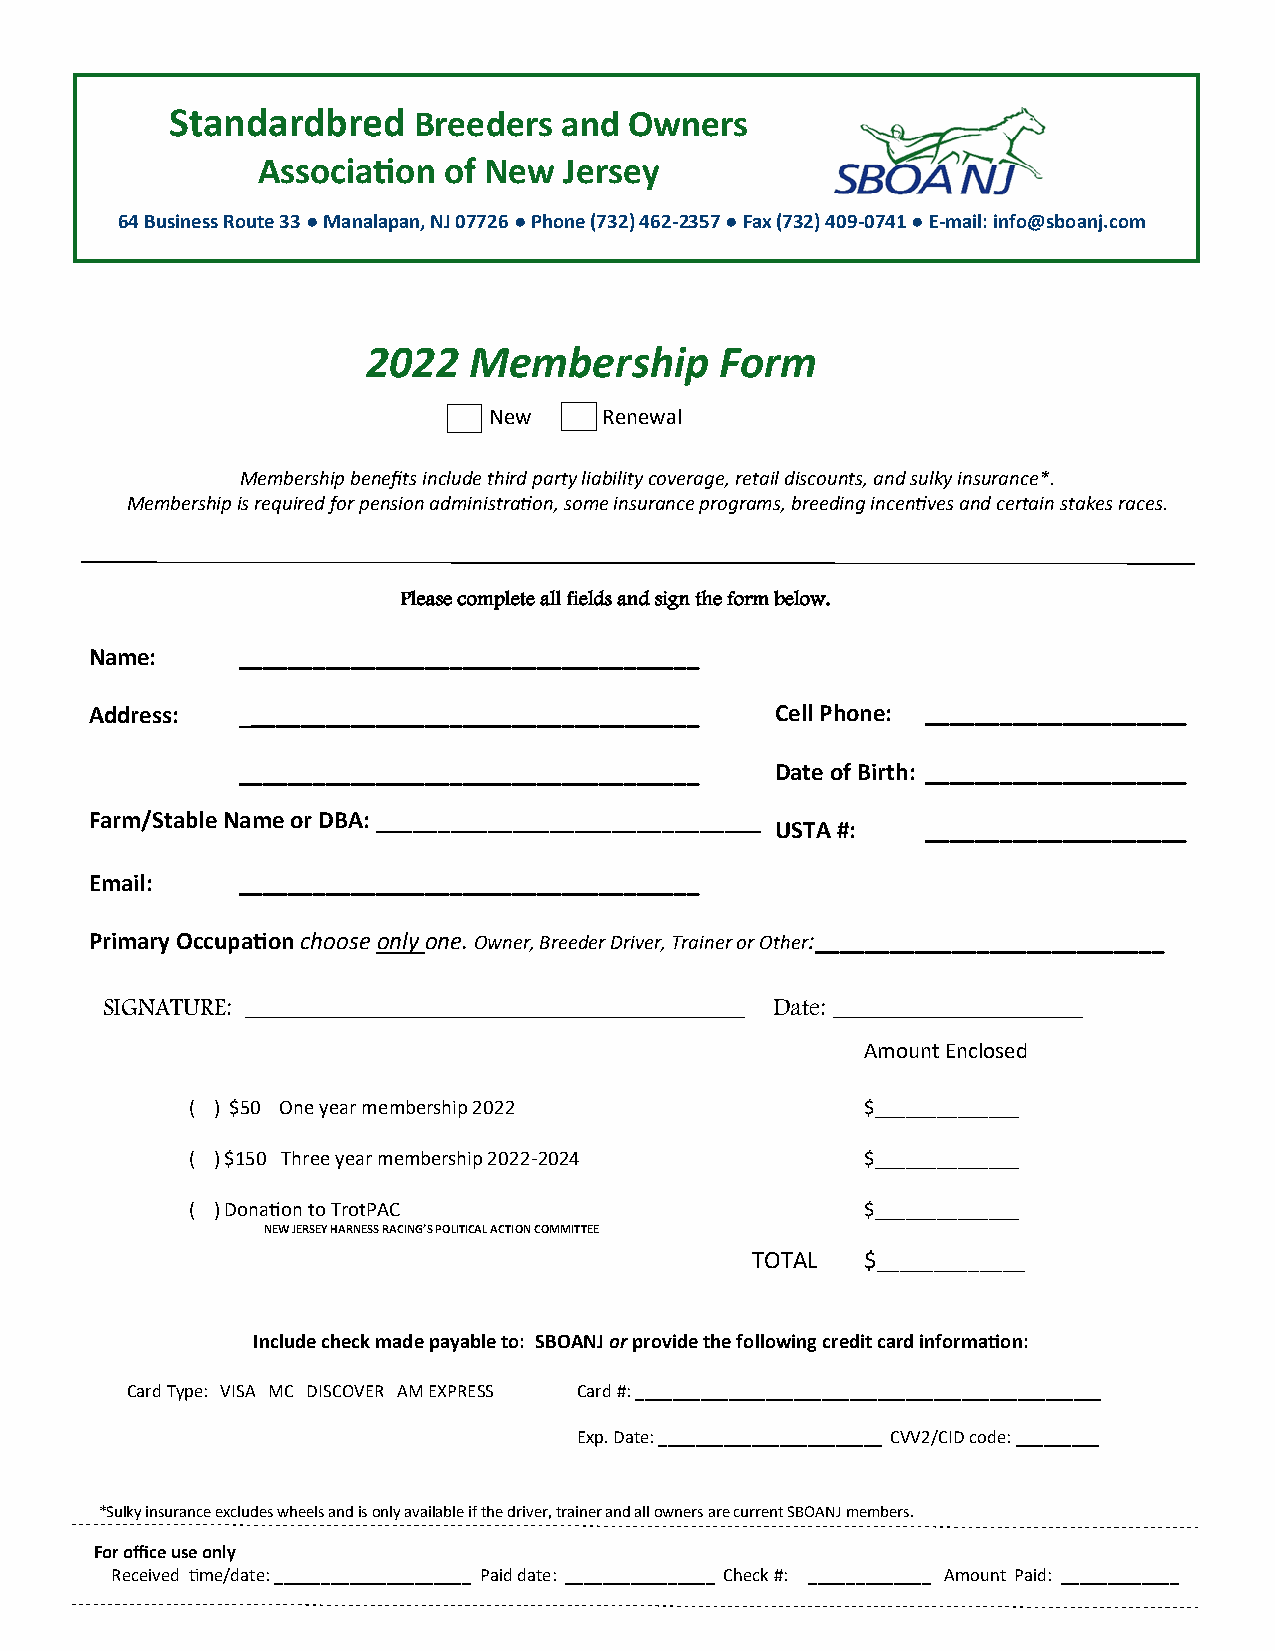
Standardbred    Breeders  and  Owners
 Association of New  Jersey
 64 Business Route 33 ● Manalapan, NJ 07726 ● Phone (732) 462-2357 ● Fax (732) 409-0741 ● E-mail: info@sboanj.com
 2022   Membership       Form
 New     R e n ewal
 Membership benefits include third party liability coverage, retail discounts, and sulky insurance*.
 Membership is required for pension administration, some insurance programs, breeding incentives and certain stakes races.
 Please complete all fields and sign the form below.
 Name:     _____________________________________
 Address:  _____________________________________ Cell Phone: _____________________
 _____________________________________ Date of Birth: _____________________
 Farm/Stable Name or DBA: _______________________________
 USTA #:   _____________________
 Email:    _____________________________________
 Primary Occupation choose only one. Owner, Breeder Driver, Trainer or Other:____________________________
 SIGNATURE: ________________________________________ Date: ____________________
 Amount Enclosed
 ( ) $50 One year membership 2022            $______________
 ( ) $150 Three year membership 2022-2024    $______________
 ( ) Donation to TrotPAC                     $______________
 NEW JERSEY HARNESS RACING’S POLITICAL ACTION COMMITTEE
 TOTAL  $_____________
 Include check made payable to: SBOANJ or provide the following credit card information:
 Card Type: VISA MC DISCOVER AM EXPRESS Card #: __________________________________________________
 Exp. Date: ________________________ CVV2/CID code: _________
 *Sulky insurance excludes wheels and is only available if the driver, trainer and all owners are current SBOANJ members.
 For office use only
 Received time/date: _____________________ Paid date: ________________ Check #: _____________ Amount Paid: _____________